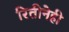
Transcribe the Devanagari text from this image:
रितीनेही